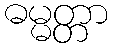
ဓမ္မတ္တာ